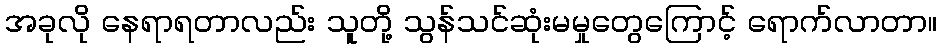
အခုလို နေရာရတာလည်း သူတို့ သွန်သင်ဆုံးမမှုတွေကြောင့် ရောက်လာတာ။